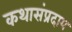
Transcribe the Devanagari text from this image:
कथासंप्रदाय